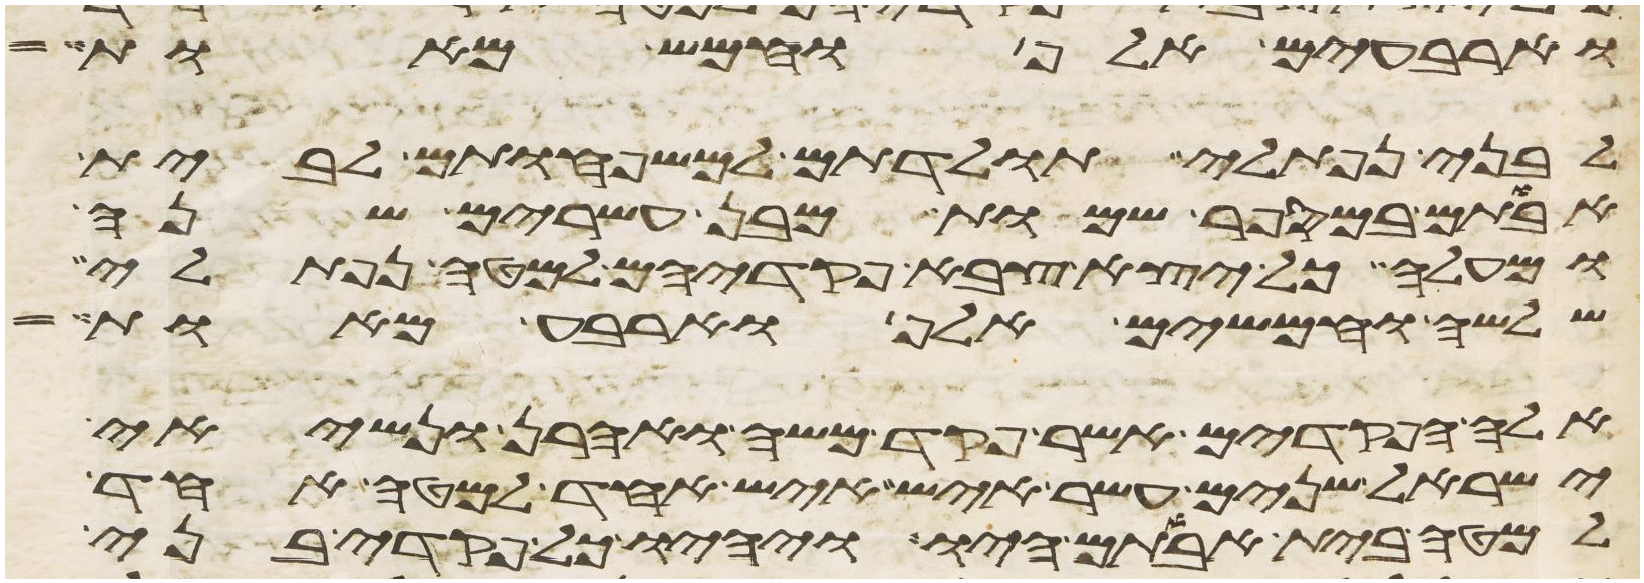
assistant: וארבעים אלף וחמש מאות
לבני נפתלי תולדתם למשפחותם לבית
אבותם במספר שמות מבן עשרים שנה
ומעלה כל יצא צבא פקדיהם למטה נפתלי
שלשה וחמשים אלף וארבע מאות
אלה הפקדים אשר פקד משה ואהרן ונשיאי
ישראל שנים עשר איש איש אחד למטה אחד
למטה בית אבותם היו ויהיו כל פקדי בני